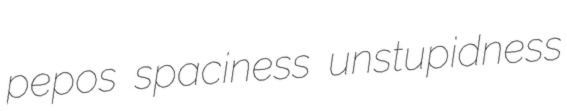
pepos spaciness unstupidness